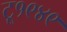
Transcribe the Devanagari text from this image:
टू१९४९